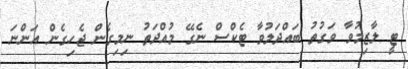
ޓީ ލާޒިމުވާ ވަގުތު ބައްދަލުވާ ޓެކްސް ނެގޭ މުއްދަތު ނިމިގެން ޖެހިގެން އަންނަ